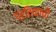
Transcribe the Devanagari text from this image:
प्रतिकाची